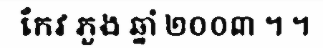
កែវ ភួង ឆ្នាំ ២០០៣ ។ ។